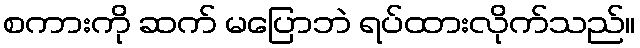
စကားကို ဆက် မပြောဘဲ ရပ်ထားလိုက်သည်။